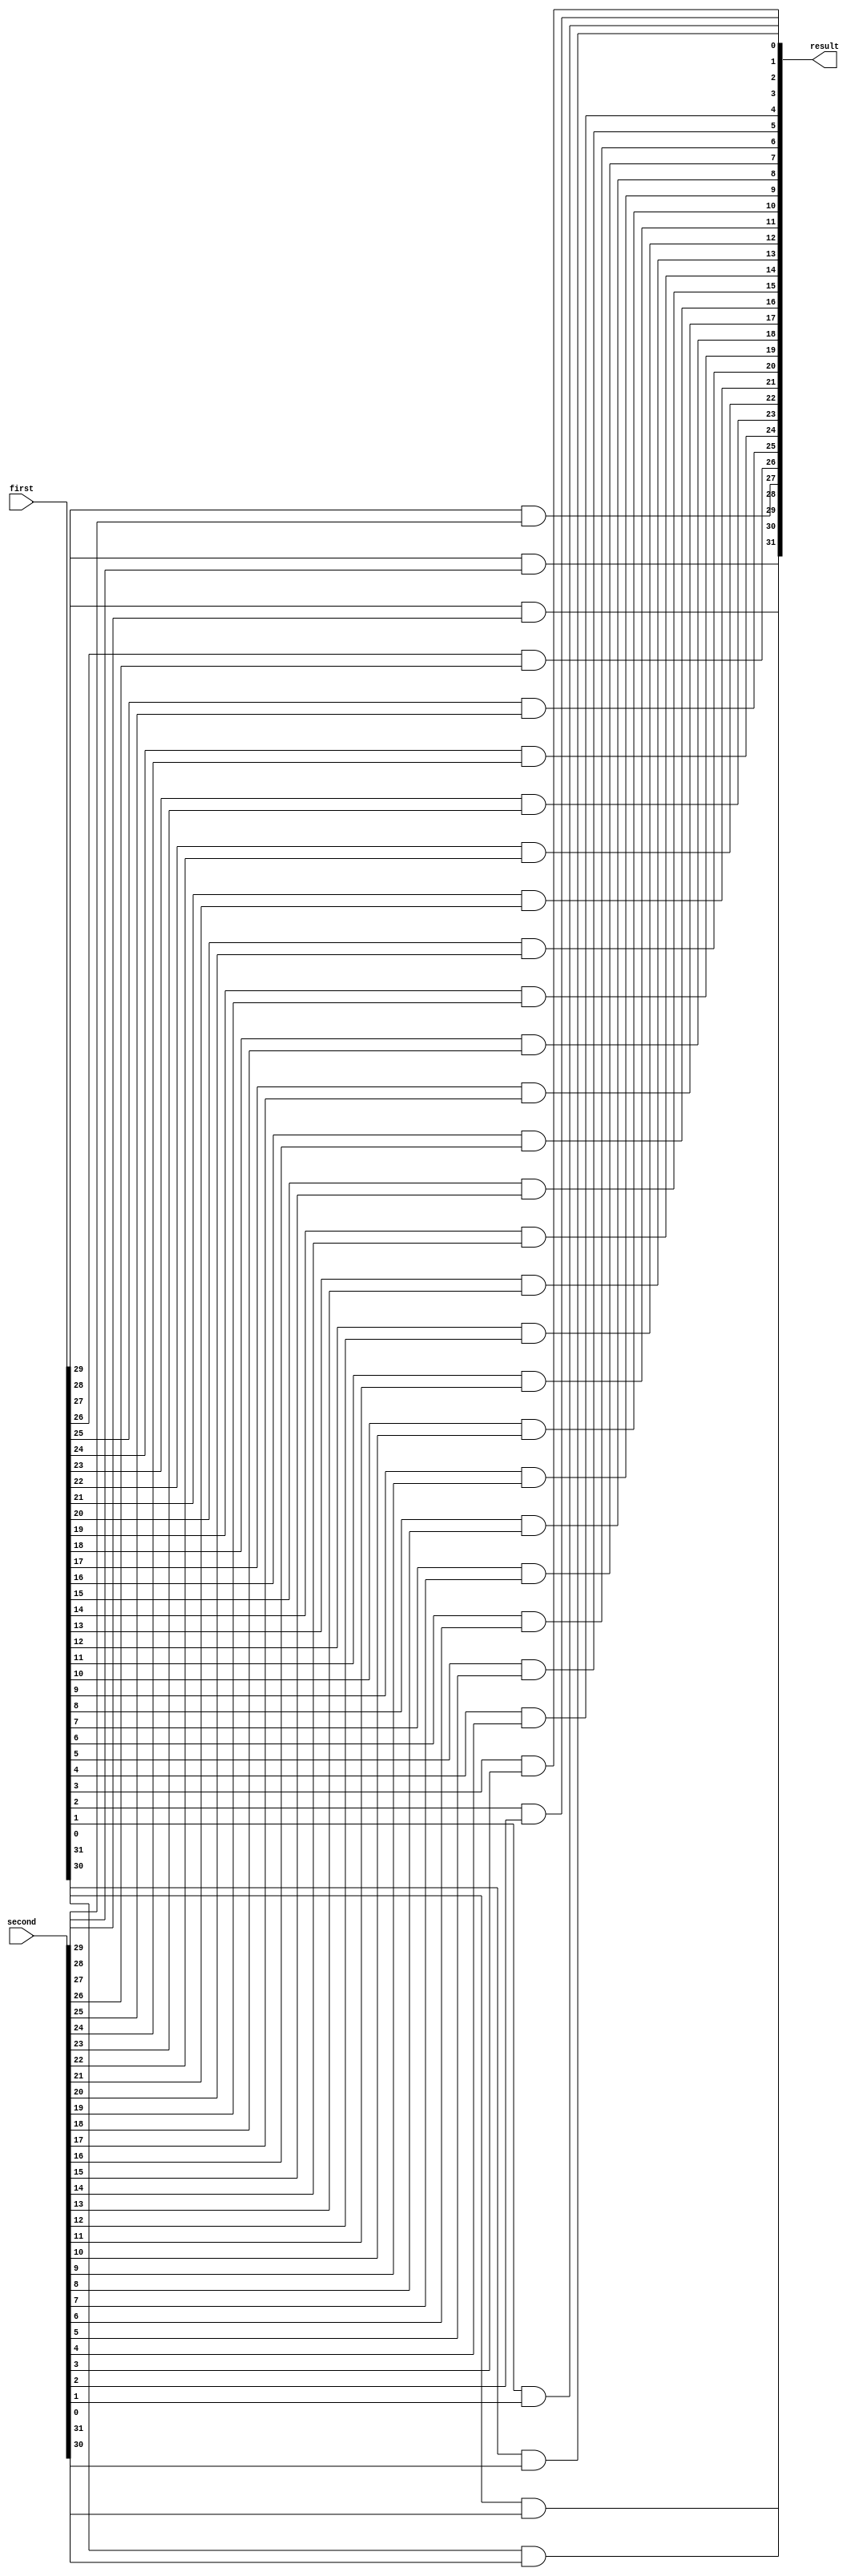
module my_and(
	input [31:0] first,
	input [31:0] second,
	output [31:0] result
);


and a0(result[31], first[31], second[31]);
and a1(result[30], first[30], second[30]);
and a2(result[29], first[29], second[29]);
and a3(result[28], first[28], second[28]);
and a4(result[27], first[27], second[27]);
and a5(result[26], first[26], second[26]);
and a6(result[25], first[25], second[25]);
and a7(result[24], first[24], second[24]);
and a8(result[23], first[23], second[23]);
and a9(result[22], first[22], second[22]);
and a10(result[21], first[21], second[21]);
and a11(result[20], first[20], second[20]);
and a12(result[19], first[19], second[19]);
and a13(result[18], first[18], second[18]);
and a14(result[17], first[17], second[17]);
and a15(result[16], first[16], second[16]);
and a16(result[15], first[15], second[15]);
and a17(result[14], first[14], second[14]);
and a18(result[13], first[13], second[13]);
and a19(result[12], first[12], second[12]);
and a20(result[11], first[11], second[11]);
and a21(result[10], first[10], second[10]);
and a22(result[9], first[9], second[9]);
and a23(result[8], first[8], second[8]);
and a24(result[7], first[7], second[7]);
and a25(result[6], first[6], second[6]);
and a26(result[5], first[5], second[5]);
and a27(result[4], first[4], second[4]);
and a28(result[3], first[3], second[3]);
and a29(result[2], first[2], second[2]);
and a30(result[1], first[1], second[1]);
and a31(result[0], first[0], second[0]);

endmodule